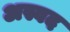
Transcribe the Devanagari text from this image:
अस्वद